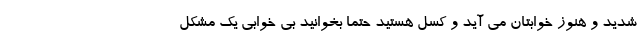
شدید و هنوز خوابتان می آید و کسل هستید حتما بخوانید بی خوابی یک مشکل